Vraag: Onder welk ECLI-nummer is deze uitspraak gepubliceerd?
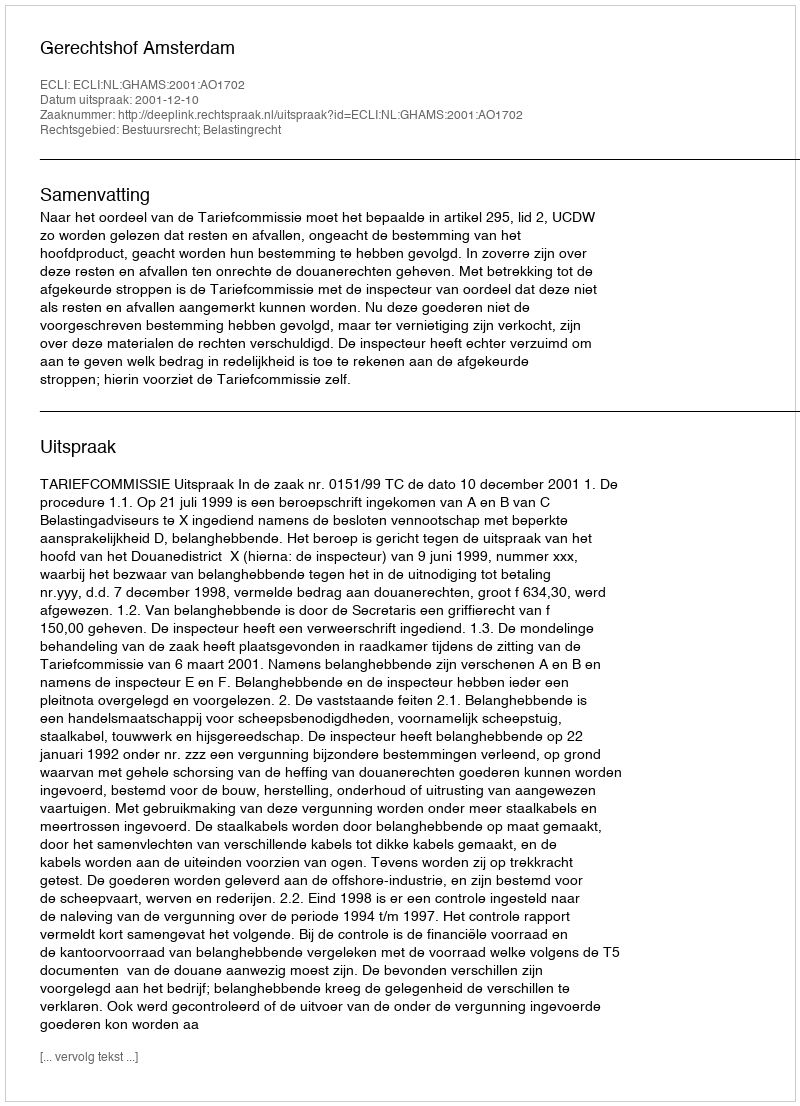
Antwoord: ECLI:NL:GHAMS:2001:AO1702